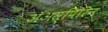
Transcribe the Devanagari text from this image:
ॲअस्पिरिन